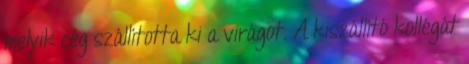
melyik cég szállította ki a virágot. A kiszállító kollégát